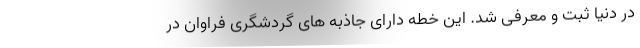
در دنیا ثبت و معرفی شد. این خطه دارای جاذبه های گردشگری فراوان در